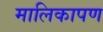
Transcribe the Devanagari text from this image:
मालिकापण